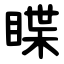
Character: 䁋